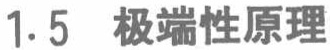
1.5 极端性原理